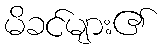
မိခင်များ၏